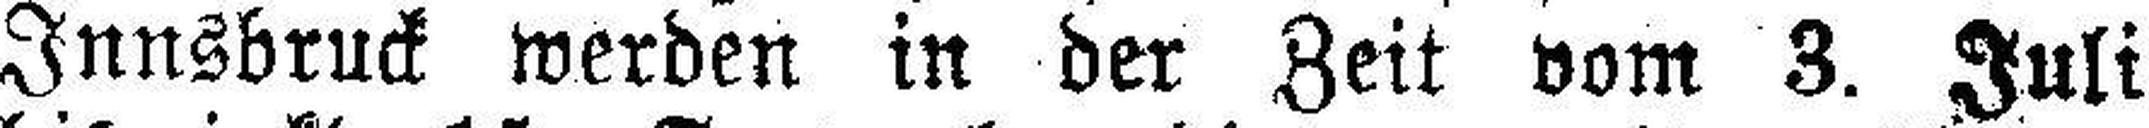
Innsbruck werden in der Zeit vom 3. Juli